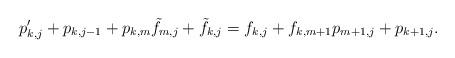
LaTeX: \begin{align*} p'_{k,j} + p_{k,j-1} + p_{k,m} \tilde f_{m,j} + \tilde f_{k,j} = f_{k,j} + f_{k,m+1} p_{m+1, j} + p_{k+1, j}.\end{align*}